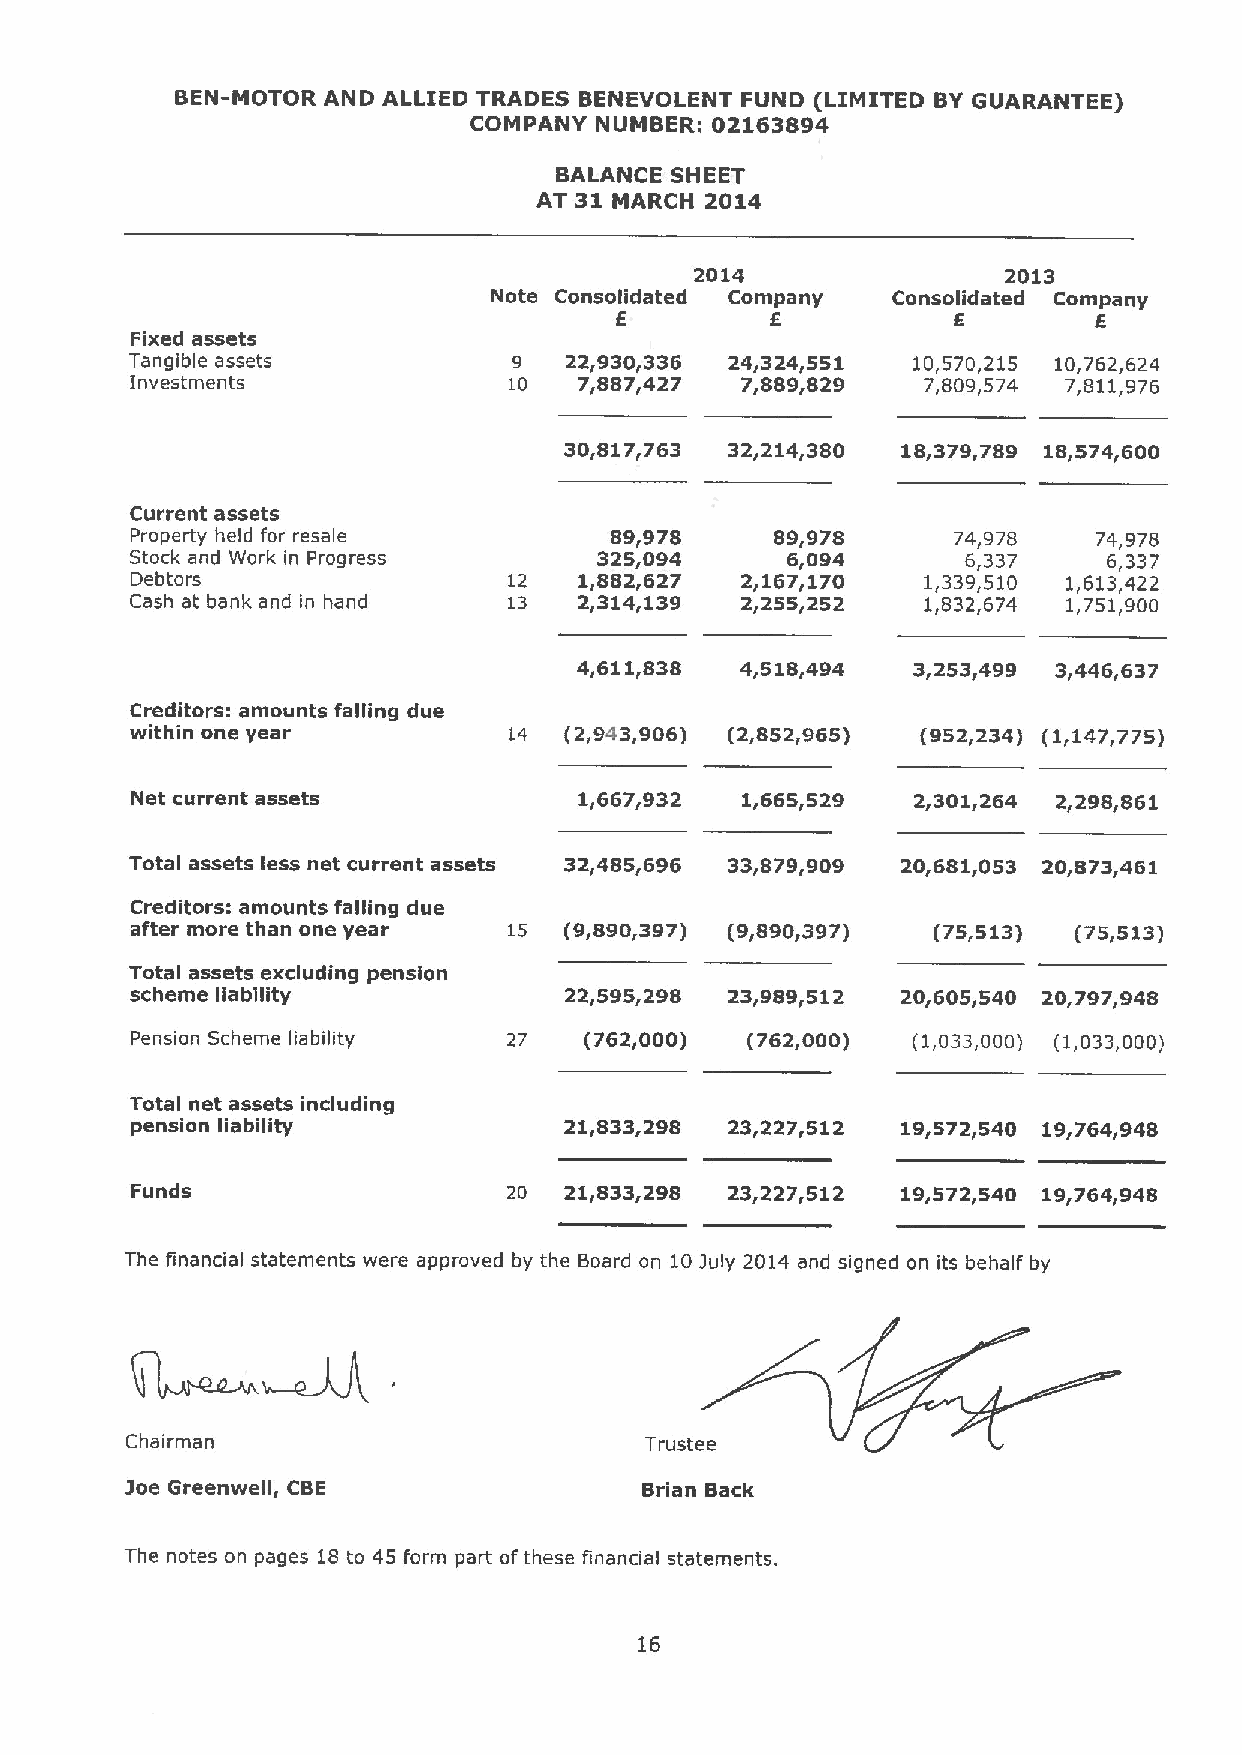
BEN-MOTOR AND ALLIED TRADES BENEVOLENT FUND (LIMITED BY GUARANTEE)
 COMPANY NUMBER: 02163894
 BALANCE SHEET
 AT 31 MARCH 2014
 2014                 2013
 Note Consolidated Company  Consolidated Company
 6           6
 Fixed assets
 Tangible assets          9  22~930g336 24~324~551  10,570,215 10,762,624
 Investments              10  7g887g427  7g889g829   7,809,574 7,811,976
 30~817~763 32~214~380  lgg379 789 18~574~600
 Current assets
 Property held for resale       89,978     89,978      74,978   74,978
 Stock and Work in Progress     325,094     6,094       6,337    6,337
 Debtors                  12  1,882,627  2,167,170   1,339,510 1,613,422
 Cash at bank and in hand 13  2,314,139  2,255,252   1,832,674 1,751,900
 4,611,838  4,518,494  3,253,499 3,446,637
 Creditors: amounts falling due
 within one year          14 (2 943 906) (2 852y965) (952~234) (1~147~775)
 Net current assets           1667f932   1,665,529   2t301 264 2~298~861
 ~
 Total assets less net current assets 32~485~696 33J879'909 20~681t053 20 873y461
 Creditors: amounts falling due
 after more than one year 15 (9 890~397) (9y890t397)  (75,513) (75,513)
 Total assets excluding pension
 scheme liability            22~595~298 23~989~512  20~605~540 20 797~948
 Pension Scheme liability 27   (762,000) (762,000)  (1,033,000) (1,033,000)
 Total net assets including
 pension liability           21~833 298 23g227~512  lgg572~540 19~764~948
 Funds                    20 21g833 298 23g227~512  19J572g540 19~764~948
 The financial statements were approved by the Board on 10)uly 2014 and signed on its behalf by
 Chairman                           Trustee
 3oe Greenwell, CBE                 Brian Back
 The notes on pages 18 to 45 form part ofthese financial statements.
 16